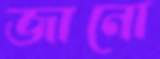
জানো